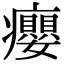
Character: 癭